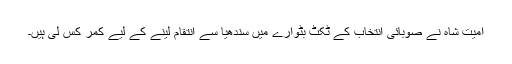
امیت شاہ نے صوبائی انتخاب کے ٹکٹ بٹوارے میں سندھیا سے انتقام لینے کے لیے کمر کس لی ہیں۔